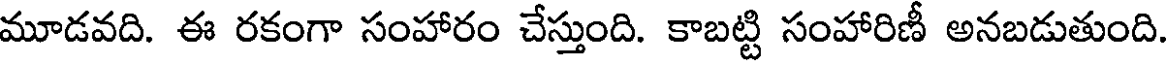
మూడవది. ఈ రకంగా సంహారం చేస్తుంది. కాబట్టి సంహారిణీ అనబడుతుంది.